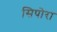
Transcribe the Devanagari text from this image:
सिपोरा